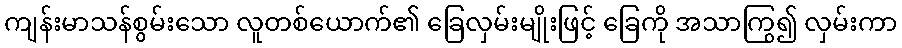
ကျန်းမာသန်စွမ်းသော လူတစ်ယောက်၏ ခြေလှမ်းမျိုးဖြင့် ခြေကို အသာကြွ၍ လှမ်းကာ